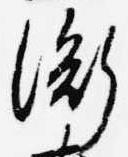
衡